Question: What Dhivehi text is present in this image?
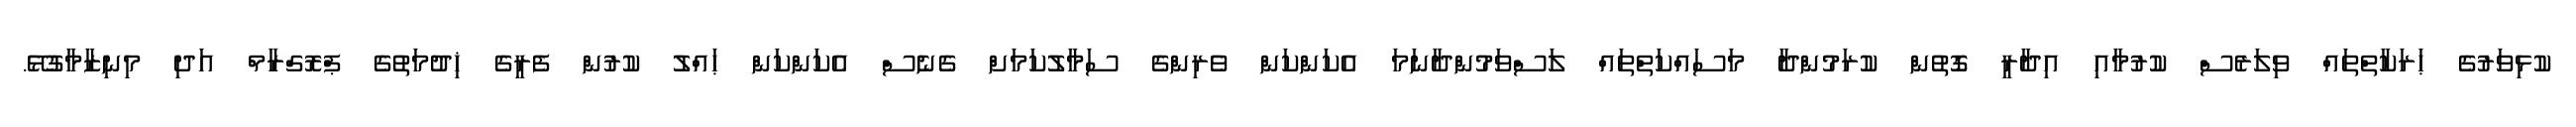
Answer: ކުޅިވަރުގެ ޙަރަކާތްތައް ވިލަރެސް ކުރުމާއި އިދާރީ ގޮތުން ކުރަމުންދާ މަސައްކަތްތައް ލަސްވަމުންދާނަމަ އެކަންކަން ވެރިންގެ ސަމާލުކަމަށް ގެނެސް އެކަންކަން ޙައްލު ކުރުން ފެރީގެ ޚިދުމަތުގެ ޕްރޮގްރާމް އަދި މިނިޒާމާގުޅޭ.